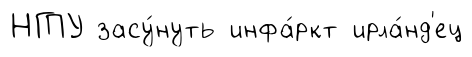
НГПУ засу́нуть инфа́ркт ирла́нд'ец